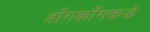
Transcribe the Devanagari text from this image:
हाँगकाँगकडे